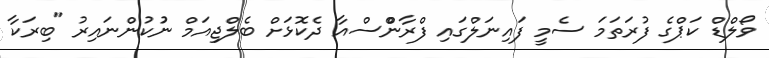
ވޯލްޑް ކަޕްގެ ފުރަތަމަ ސެމީ ފައިނަލްގައި ފްރާންްސްއާ ދެކޮޅަށް ބެލްޖިއަމް ނުުކުންނައިރު "ބިރަކާ